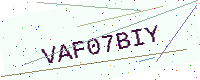
Text: VAF07BIY